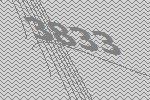
3833